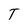
Character: T